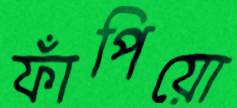
ফাঁপিয়ো